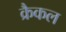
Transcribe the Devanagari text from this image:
क्रैकल